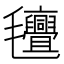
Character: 𭯯